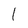
Character: 1